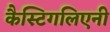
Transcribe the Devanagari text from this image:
कैस्टिगलिएनी